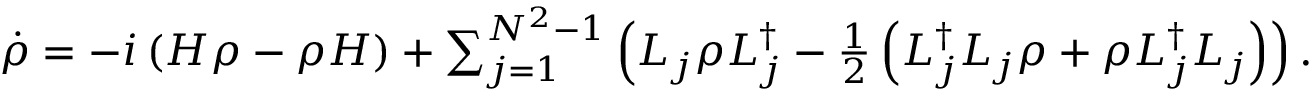
\begin{array} { r } { \dot { \rho } = - i \left( H \rho - \rho H \right) + \sum _ { j = 1 } ^ { N ^ { 2 } - 1 } \left( { \cal L } _ { j } \rho { \cal L } _ { j } ^ { \dagger } - \frac { 1 } { 2 } \left( { \cal L } _ { j } ^ { \dagger } { \cal L } _ { j } \rho + \rho { \cal L } _ { j } ^ { \dagger } { \cal L } _ { j } \right) \right) . } \end{array}